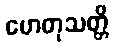
ဟေတုသတ္တိ